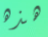
هذه